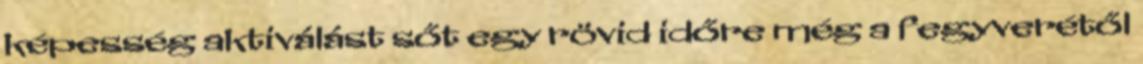
képesség aktiválást sőt egy rövid időre még a fegyverétől